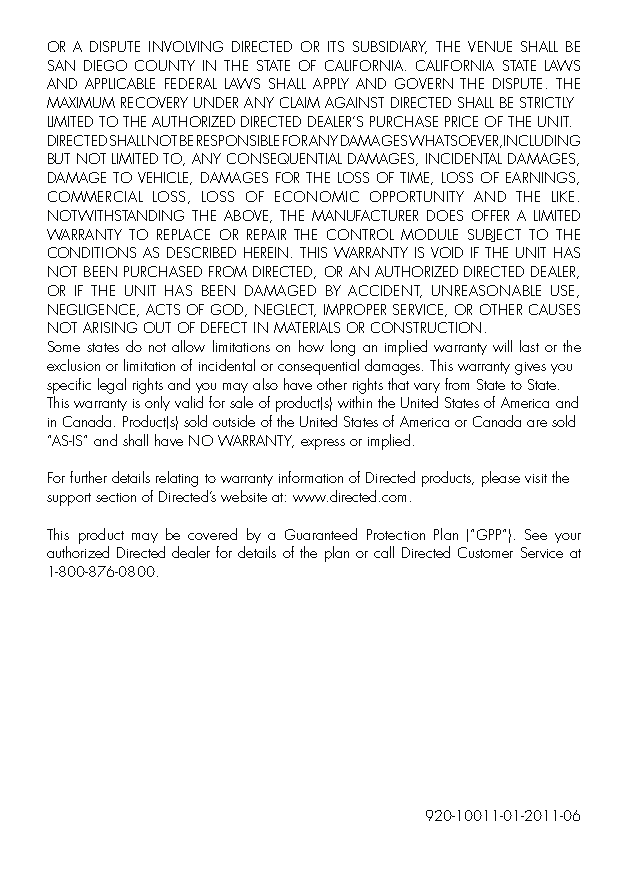
OR A DISPUTE INVOLVING DIRECTED OR ITS SUBSIDIARY, THE VENUE SHALL BE
 SAN DIEGO COUNTY IN THE STATE OF CALIFORNIA. CALIFORNIA STATE LAWS
 AND APPLICABLE FEDERAL LAWS SHALL APPLY AND GOVERN THE DISPUTE. THE
 MAXIMUM RECOVERY UNDER ANY CLAIM AGAINST DIRECTED SHALL BE STRICTLY
 LIMITED TO THE AUTHORIZED DIRECTED DEALER’S PURCHASE PRICE OF THE UNIT.
 DIRECTED SHALL NOT BE RESPONSIBLE FOR ANY DAMAGES WHATSOEVER,INCLUDING
 BUT NOT LIMITED TO, ANY CONSEQUENTIAL DAMAGES, INCIDENTAL DAMAGES,
 DAMAGE TO VEHICLE, DAMAGES FOR THE LOSS OF TIME, LOSS OF EARNINGS,
 COMMERCIAL LOSS, LOSS OF ECONOMIC OPPORTUNITY AND THE LIKE.
 NOTWITHSTANDING THE ABOVE, THE MANUFACTURER DOES OFFER A LIMITED
 WARRANTY TO REPLACE OR REPAIR THE CONTROL MODULE SUBJECT TO THE
 CONDITIONS AS DESCRIBED HEREIN. THIS WARRANTY IS VOID IF THE UNIT HAS
 NOT BEEN PURCHASED FROM DIRECTED, OR AN AUTHORIZED DIRECTED DEALER,
 OR IF THE UNIT HAS BEEN DAMAGED BY ACCIDENT, UNREASONABLE USE,
 NEGLIGENCE, ACTS OF GOD, NEGLECT, IMPROPER SERVICE, OR OTHER CAUSES
 NOT ARISING OUT OF DEFECT IN MATERIALS OR CONSTRUCTION.
 Some states do not allow limitations on how long an implied warranty will last or the
 exclusion or limitation of incidental or consequential damages. This warranty gives you
 specific legal rights and you may also have other rights that vary from State to State.
 This warranty is only valid for sale of product(s) within the United States of America and
 in Canada. Product(s) sold outside of the United States of America or Canada are sold
 “AS-IS” and shall have NO WARRANTY, express or implied.
 For further details relating to warranty information of Directed products, please visit the
 support section of Directed’s website at: www.directed.com.
 This product may be covered by a Guaranteed Protection Plan (“GPP”). See your
 authorized Directed dealer for details of the plan or call Directed Customer Service at
 1-800-876-0800.
 920-10011-01-2011-06